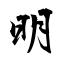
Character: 明